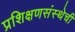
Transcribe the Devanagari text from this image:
प्रशिक्षणसंस्थेची